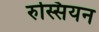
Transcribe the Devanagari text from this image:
रुस्सियन